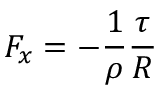
F _ { x } = - { \frac { 1 } { \rho } } { \frac { \tau } { R } }